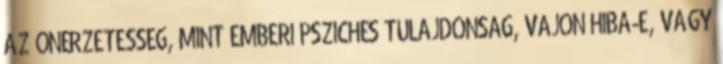
AZ ÖNÉRZETESSÉG, MINT EMBERI PSZICHÉS TULAJDONSÁG, VAJON HIBA-E, VAGY